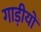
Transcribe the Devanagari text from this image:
गाड़ीयों